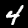
Digit: 4